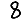
Digit: 8